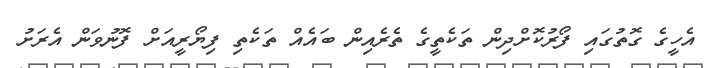
އެހީގެ ގޮތުގައި ފޯރުކޮށްދިން ތަކެތީގެ ތެރެއިން ބައެއް ތަކެތި ފިޔޯރީއަށް ފޮނުވަން އެރަށު